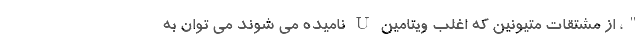
"، از مشتقات متیونین که اغلب ویتامین U نامیده می شوند می توان به